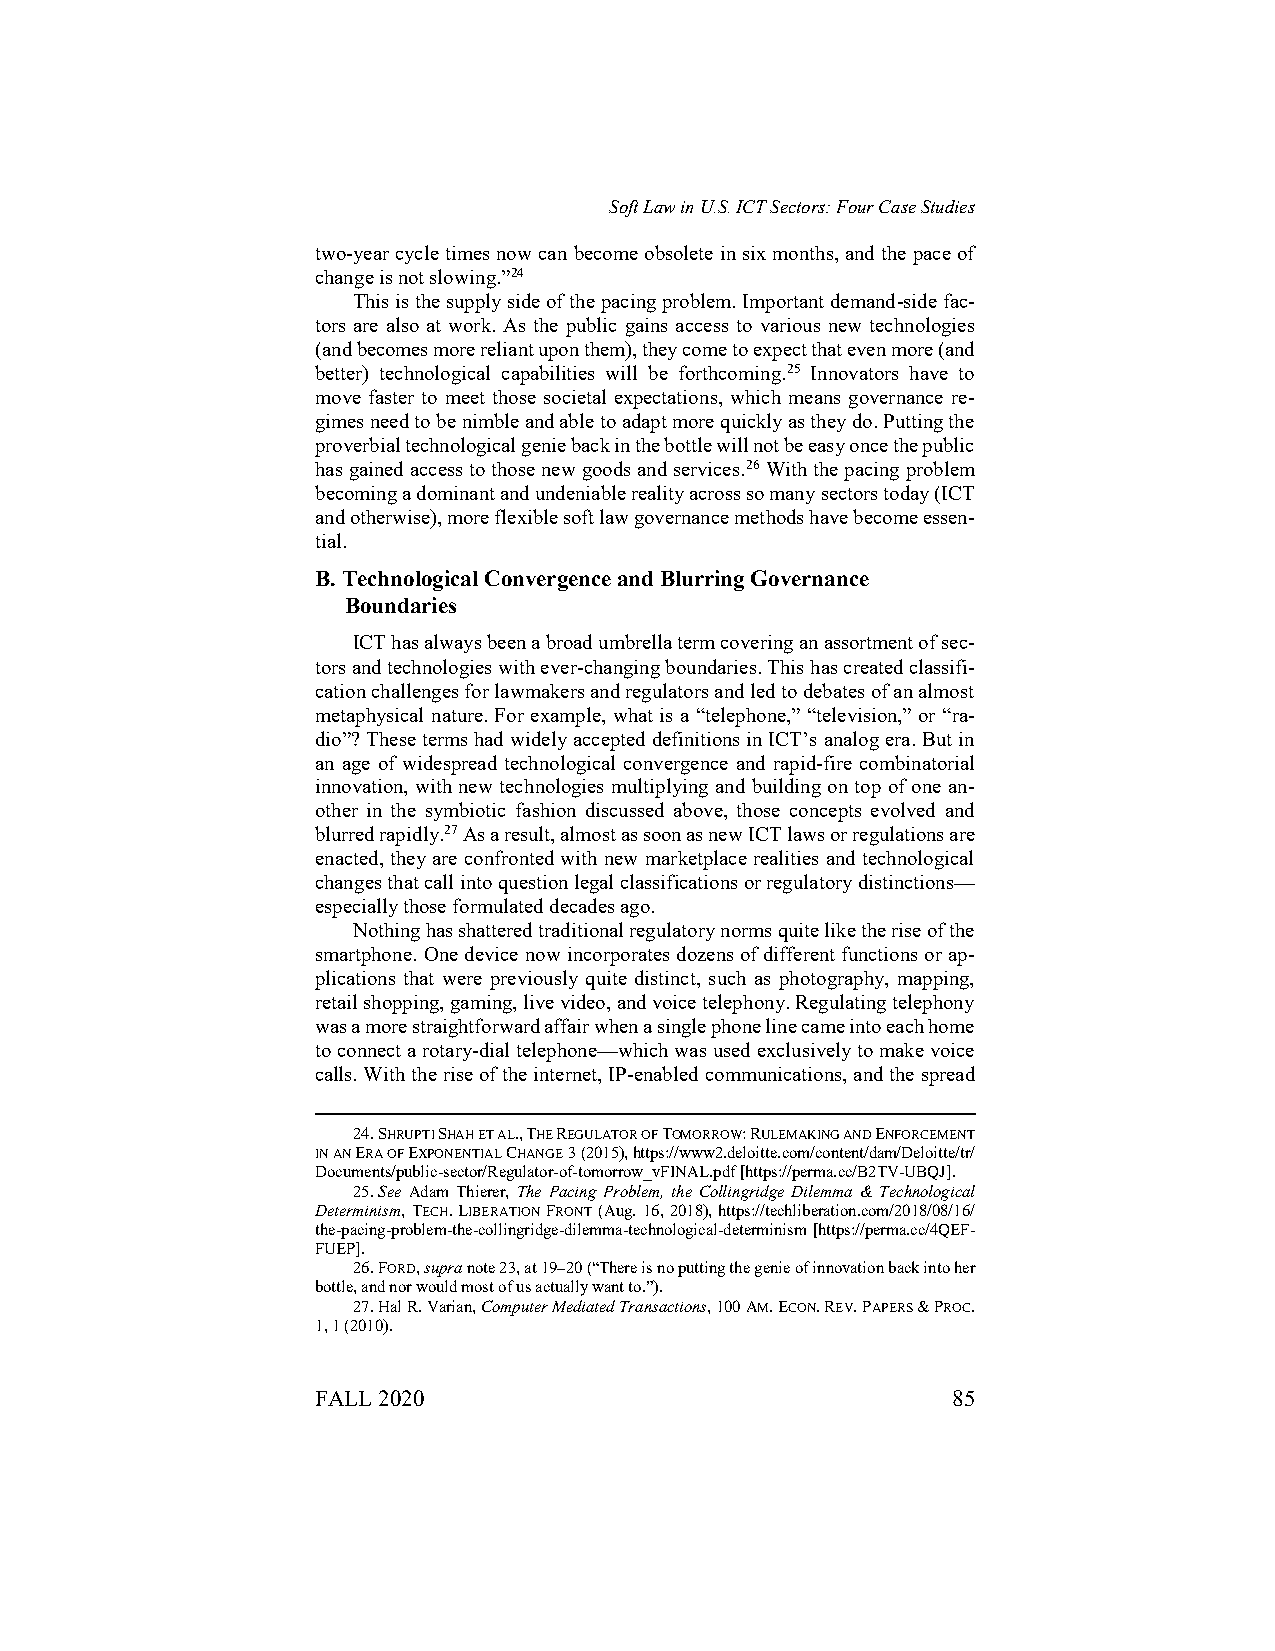
Soft Law in U.S. ICT Sectors: Four Case Studies
 two-year cycle times now can become obsolete in six months, and the pace of
 change is not slowing.”24
 This is the supply side of the pacing problem. Important demand-side fac-
 tors are also at work. As the public gains access to various new technologies
 (and becomes more reliant upon them), they come to expect that even more (and
 better) technological capabilities will be forthcoming.25 Innovators have to
 move faster to meet those societal expectations, which means governance re-
 gimes need to be nimble and able to adapt more quickly as they do. Putting the
 proverbial technological genie back in the bottle will not be easy once the public
 has gained access to those new goods and services.26 With the pacing problem
 becoming a dominant and undeniable reality across so many sectors today (ICT
 and otherwise), more flexible soft law governance methods have become essen-
 tial.
 B. Technological Convergence and Blurring Governance
 Boundaries
 ICT has always been a broad umbrella term covering an assortment of sec-
 tors and technologies with ever-changing boundaries. This has created classifi-
 cation challenges for lawmakers and regulators and led to debates of an almost
 metaphysical nature. For example, what is a “telephone,” “television,” or “ra-
 dio”? These terms had widely accepted definitions in ICT’s analog era. But in
 an age of widespread technological convergence and rapid-fire combinatorial
 innovation, with new technologies multiplying and building on top of one an-
 other in the symbiotic fashion discussed above, those concepts evolved and
 blurred rapidly.27 As a result, almost as soon as new ICT laws or regulations are
 enacted, they are confronted with new marketplace realities and technological
 changes that call into question legal classifications or regulatory distinctions—
 especially those formulated decades ago.
 Nothing has shattered traditional regulatory norms quite like the rise of the
 smartphone. One device now incorporates dozens of different functions or ap-
 plications that were previously quite distinct, such as photography, mapping,
 retail shopping, gaming, live video, and voice telephony. Regulating telephony
 was a more straightforward affair when a single phone line came into each home
 to connect a rotary-dial telephone—which was used exclusively to make voice
 calls. With the rise of the internet, IP-enabled communications, and the spread
 24. SHRUPTI SHAH ET AL., THE REGULATOR OF TOMORROW: RULEMAKING AND ENFORCEMENT
 IN AN ERA OF EXPONENTIAL CHANGE 3 (2015), https://www2.deloitte.com/content/dam/Deloitte/tr/
 Documents/public-sector/Regulator-of-tomorrow_vFINAL.pdf [https://perma.cc/B2TV-UBQJ].
 25. See Adam Thierer, The Pacing Problem, the Collingridge Dilemma & Technological
 Determinism, TECH. LIBERATION FRONT (Aug. 16, 2018), https://techliberation.com/2018/08/16/
 the-pacing-problem-the-collingridge-dilemma-technological-determinism [https://perma.cc/4QEF-
 FUEP].
 26. FORD, supra note 23, at 19–20 (“There is no putting the genie of innovation back into her
 bottle, and nor would most of us actually want to.”).
 27. Hal R. Varian, Computer Mediated Transactions, 100 AM. ECON. REV. PAPERS & PROC.
 1, 1 (2010).
 FALL 2020                                 85